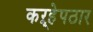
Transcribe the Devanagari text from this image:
कऱ्हेपठार